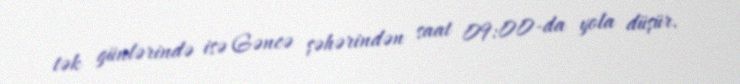
tək günlərində isə Gəncə şəhərindən saat 09:00-da yola düşür.